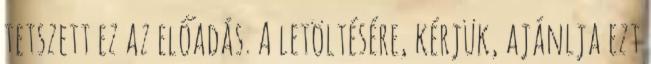
tetszett ez az előadás. A letöltésére, kérjük, ajánlja ezt